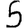
Digit: 5